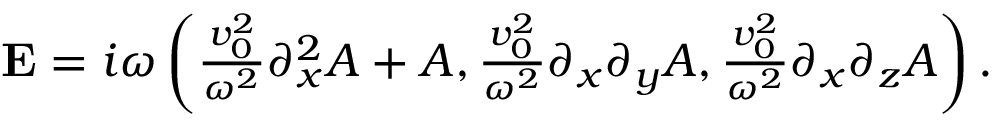
\begin{array} { r } { { \bf E } = i \omega \left( \frac { v _ { 0 } ^ { 2 } } { \omega ^ { 2 } } \partial _ { x } ^ { 2 } A + A , \frac { v _ { 0 } ^ { 2 } } { \omega ^ { 2 } } \partial _ { x } \partial _ { y } A , \frac { v _ { 0 } ^ { 2 } } { \omega ^ { 2 } } \partial _ { x } \partial _ { z } A \right) . } \end{array}